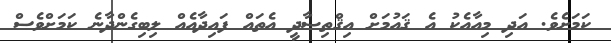
ކަމަށެވެ. އަދި މިއާއެކު އެ ޤައުމަށް އިޤްތިޞާދީ އެތައް ފައިދާއެއް ލިބިގެންދާނެ ކަމަށްވެސް